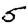
Digit: 5